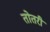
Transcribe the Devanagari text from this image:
तोतरी